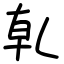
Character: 乹